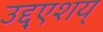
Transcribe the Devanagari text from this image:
उद्द्एशय्